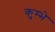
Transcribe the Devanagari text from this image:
कुम्भे